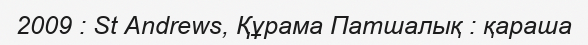
2009 : St Andrews, Құрама Патшалық : қараша